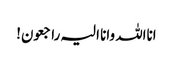
انااللہ وانا الیہ راجعون!